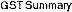
GST SUMMARY